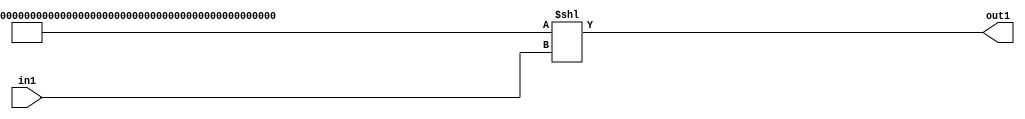
`timescale 1ps / 1ps
/*****************************************************************************
    Verilog RTL Description
    
    
    Created by: Stratus DpOpt 2019.1.01 
*******************************************************************************/

module cache_LeftShift_320U_12_1 (
	in1,
	out1
	); /* architecture "behavioural" */ 
input [21:0] in1;
output [319:0] out1;
wire [319:0] asc001;

assign asc001 = 320'B11111111111111111111111111111111111111111111111111111111111111111111111111111111111111111111111111111111111111111111111111111111111111111111111111111111111111111111111111111111111111111111111111111111111111111111111111111111111111111111111111111111111111111111111111111111111111111111111111111111111111111111111111111110
    << in1;

assign out1 = asc001;
endmodule

/* CADENCE  vrnxSA0= : u9/ySgnWtBlWxVPRXgAZ4Og= ** DO NOT EDIT THIS LINE ******/